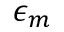
\epsilon _ { m }